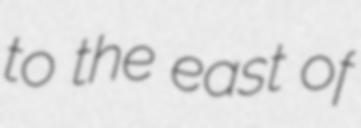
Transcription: to the east of